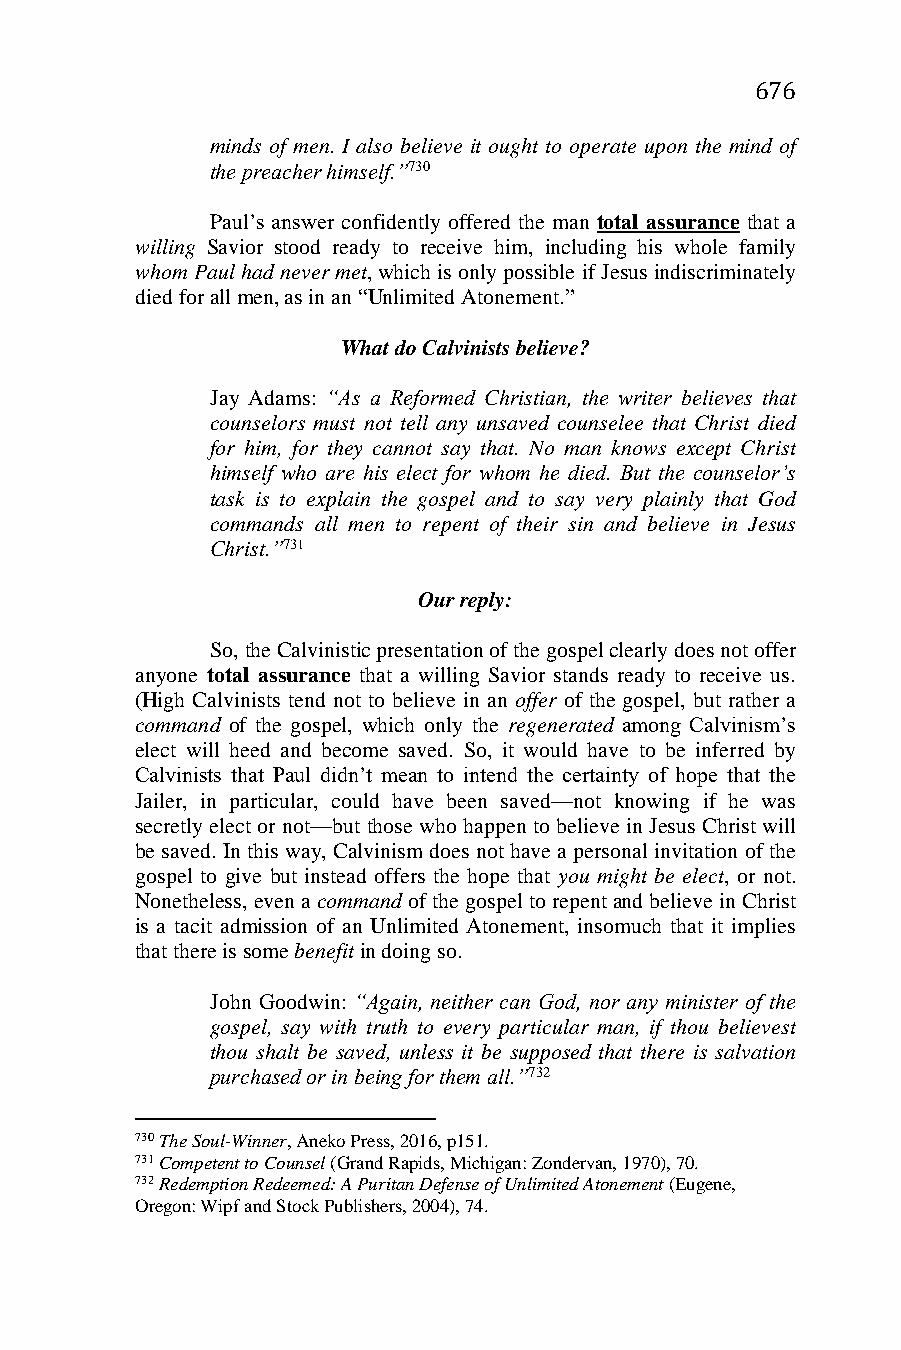
676
 minds of men. I also believe it ought to operate upon the mind of
 the preacher himself.”730
 Paul’s answer confidently offered the man total assurance that a
 willing Savior stood ready to receive him, including his whole family
 whom Paul had never met, which is only possible if Jesus indiscriminately
 died for all men, as in an “Unlimited Atonement.”
 What do Calvinists believe?
 Jay Adams: “As a Reformed Christian, the writer believes that
 counselors must not tell any unsaved counselee that Christ died
 for him, for they cannot say that. No man knows except Christ
 himself who are his elect for whom he died. But the counselor’s
 task is to explain the gospel and to say very plainly that God
 commands all men to repent of their sin and believe in Jesus
 Christ.”731
 Our reply:
 So, the Calvinistic presentation of the gospel clearly does not offer
 anyone total assurance that a willing Savior stands ready to receive us.
 (High Calvinists tend not to believe in an offer of the gospel, but rather a
 command of the gospel, which only the regenerated among Calvinism’s
 elect will heed and become saved. So, it would have to be inferred by
 Calvinists that Paul didn’t mean to intend the certainty of hope that the
 Jailer, in particular, could have been saved—not knowing if he was
 secretly elect or not—but those who happen to believe in Jesus Christ will
 be saved. In this way, Calvinism does not have a personal invitation of the
 gospel to give but instead offers the hope that you might be elect, or not.
 Nonetheless, even a command of the gospel to repent and believe in Christ
 is a tacit admission of an Unlimited Atonement, insomuch that it implies
 that there is some benefit in doing so.
 John Goodwin: “Again, neither can God, nor any minister of the
 gospel, say with truth to every particular man, if thou believest
 thou shalt be saved, unless it be supposed that there is salvation
 purchased or in being for them all.”732
 730 The Soul-Winner, Aneko Press, 2016, p151.
 731 Competent to Counsel (Grand Rapids, Michigan: Zondervan, 1970), 70.
 732 Redemption Redeemed: A Puritan Defense of Unlimited Atonement (Eugene,
 Oregon: Wipf and Stock Publishers, 2004), 74.